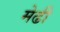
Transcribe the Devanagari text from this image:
मेढी